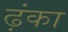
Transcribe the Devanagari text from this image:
ढ़ंका